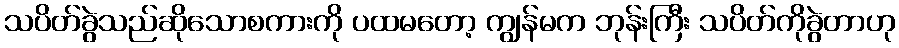
သပိတ်ခွဲသည်ဆိုသောစကားကို ပထမတော့ ကျွန်မက ဘုန်းကြီး သပိတ်ကိုခွဲတာဟု